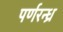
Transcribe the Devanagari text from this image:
पर्णरन्ध्र